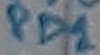
Text: PD1